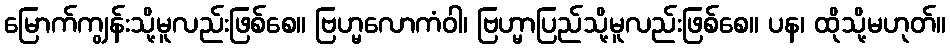
မြောက်ကျွန်းသို့မူလည်းဖြစ်စေ။ ဗြဟ္မလောကံဝါ၊ ဗြဟ္မာပြည်သို့မူလည်းဖြစ်စေ။ ပန၊ ထိုသို့မဟုတ်။